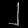
Digit: ၂